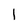
Character: l